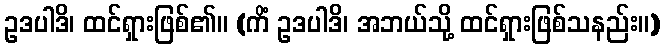
ဥဒပါဒိ၊ ထင်ရှားဖြစ်၏။ (ကိံ ဥဒပါဒိ၊ အဘယ်သို့ ထင်ရှားဖြစ်သနည်း။)